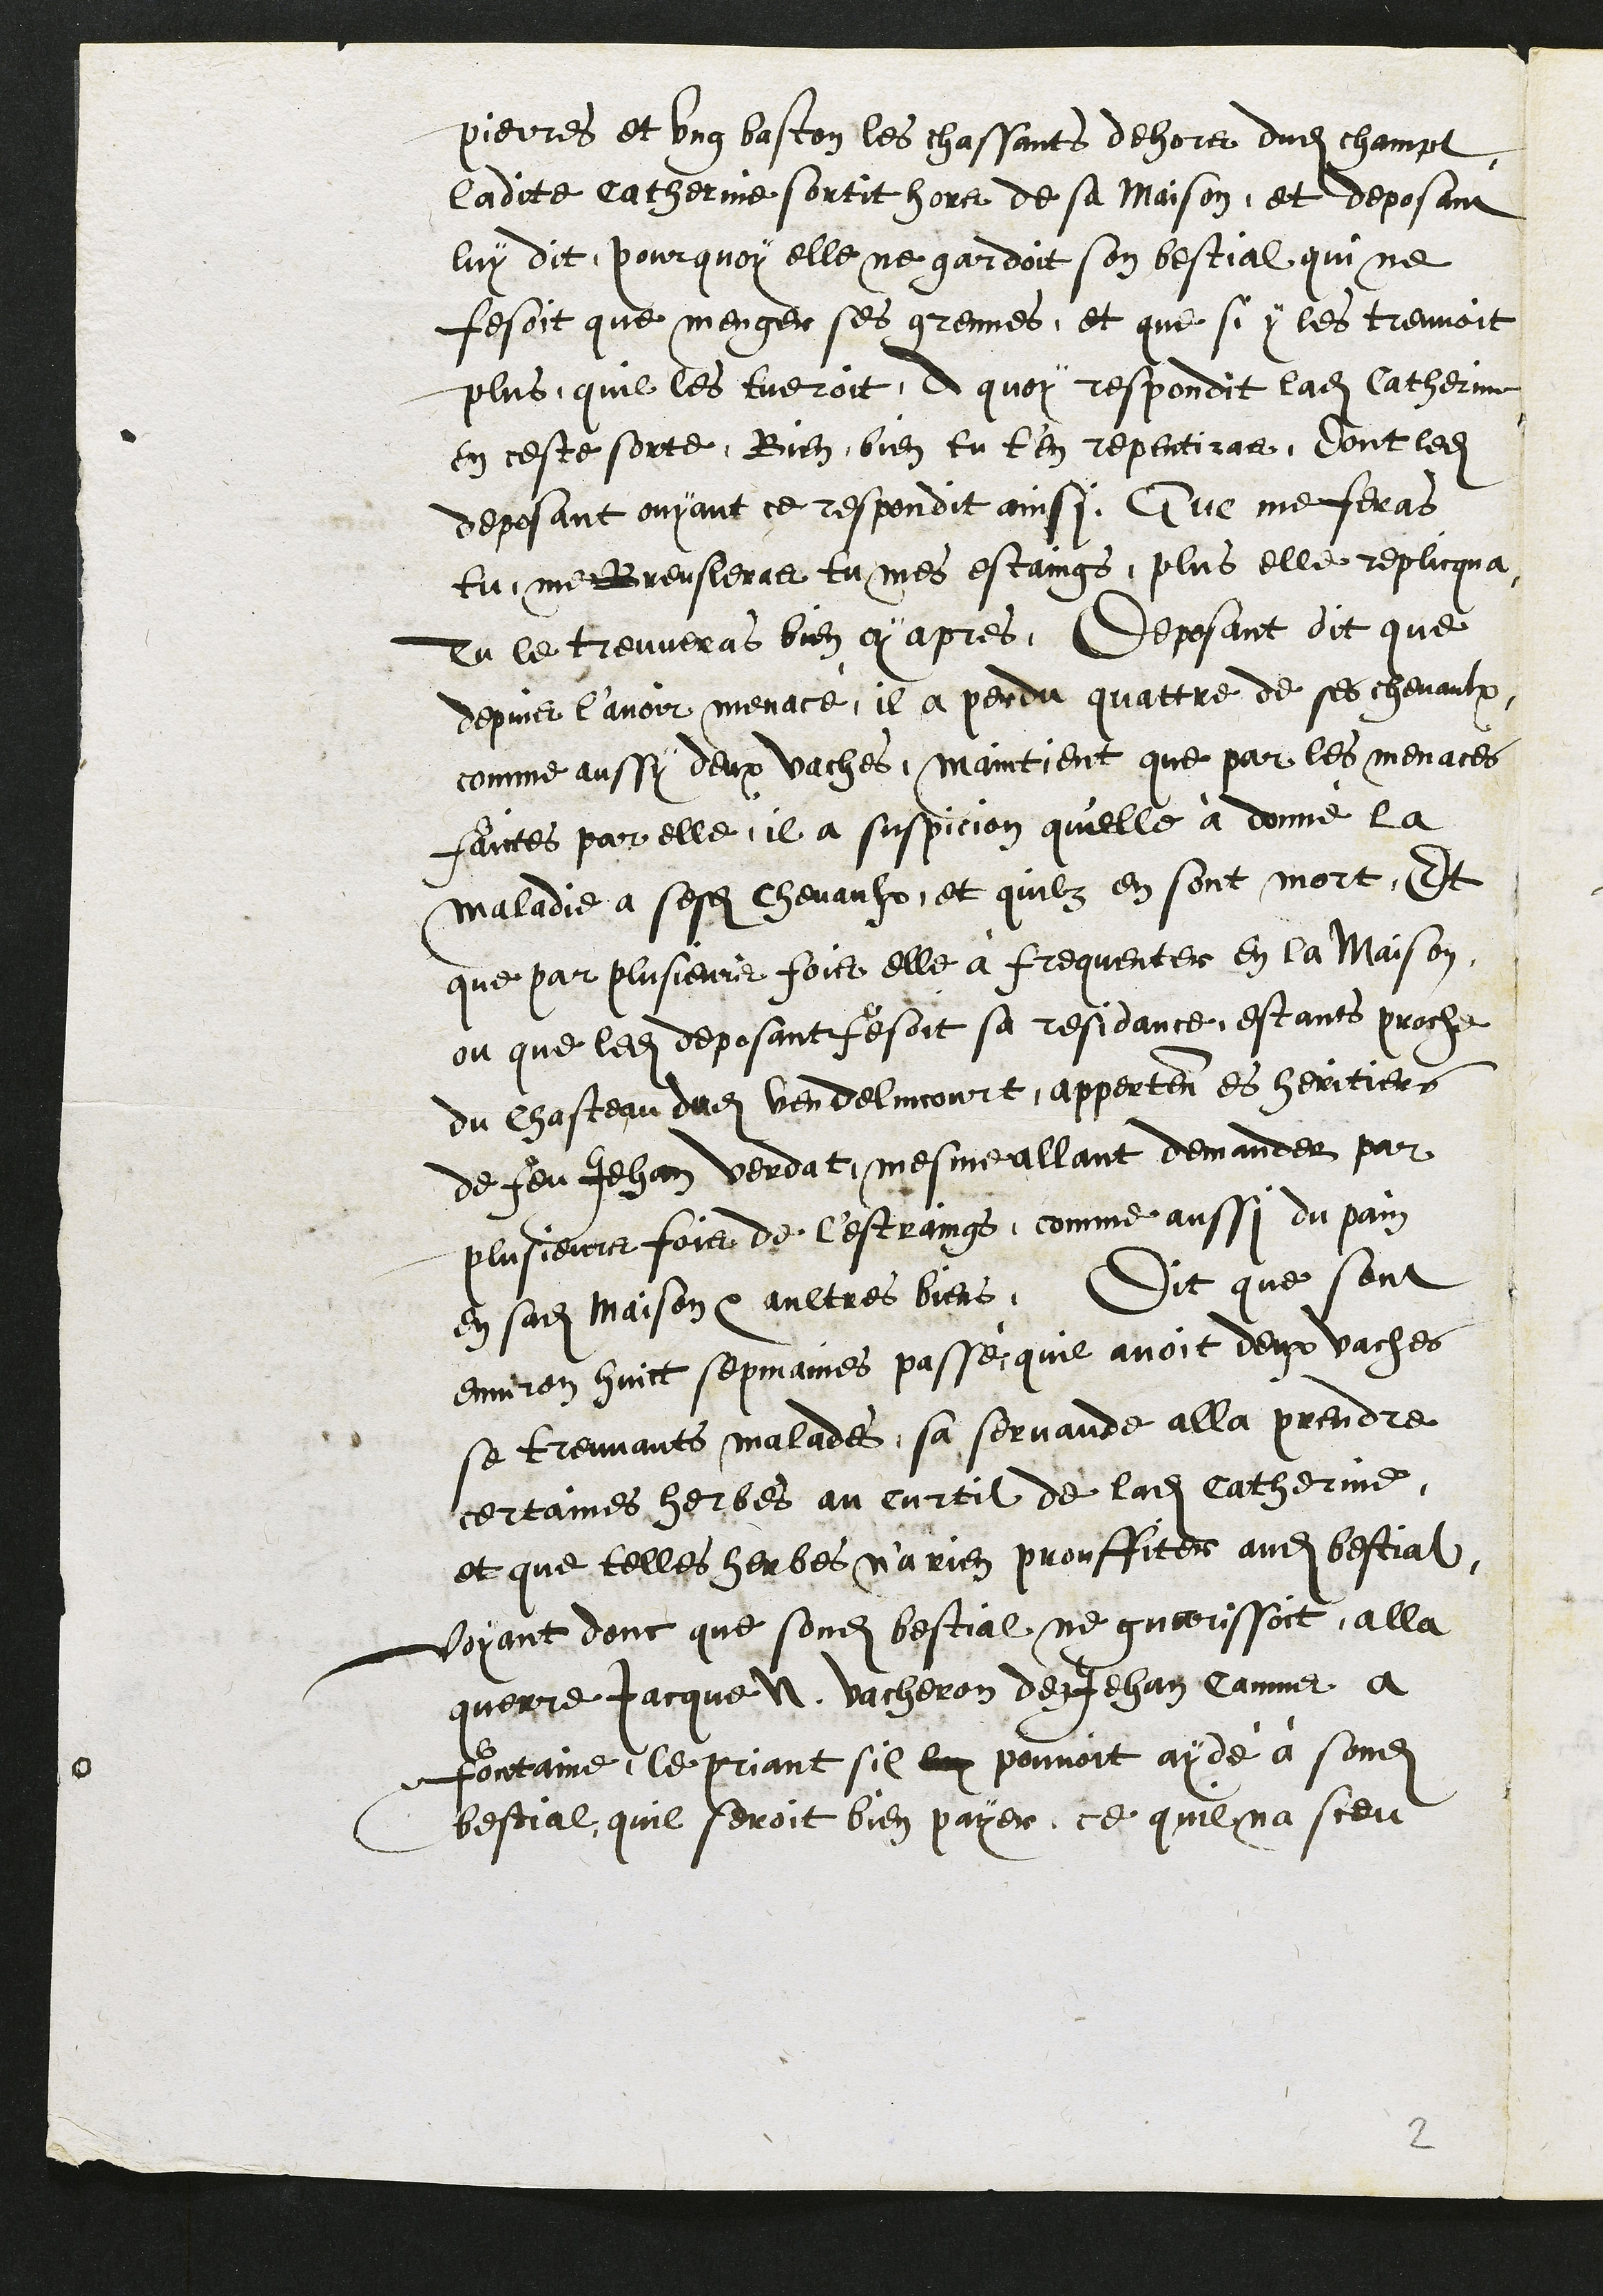
pierres et ung baston les chassants dehors dudit champt
ladite catherinne sortit hors de sa maison, et deposant
luy dit, pourquoy elle ne gardoit son bestial qui ne
fesoit que menger ses grennes, et que si y les treuvoit
plus, quil les tueroit, de quoy respondit ladite Catherine
en ceste sorte, Bien, bien tu ten repentiras, dont ledit
deposant ouyant ce respondit ainsi Que me feras
tu me Breusleras tu mes estoangs, plus elle replicqua
Tu le treuveras bien cy apres, Deposant dit que
depuis l’avoir menacé, il a perdu quattre de ses chevaulx
comme aussy deux vaches, maintient que par les menaces
faictes par elle il a suspicion qu'elle à donné la
maladie a sesdits chevaulx, et quilz en sont mort. Et
que par plusieurs fois elle à frequenter en la Maison,
ou que ledit deposant fesoit sa residance, estant proche
du Chasteau dudit vendelincourt, apperten es heritiers
de feu Jehan Verdat, mesme allant demander par
plusieurs fois de l'estraings, comme aussi du pain
en sadite maison et aultres biens. Dit que sont
environ huict sepmaines passé quil avoit deux vaches
se treuvants malades, sa servande alla prendre
certaines herbes au curtil de ladite Catherinne
et que telles herbes na rien prouffiter audit bestial
voyant donc que sondit bestial ne guerissoit, alla
querre Jacque N. vacheron de Jehan Camus à
Fontaine, le priant sil luy pouvoit aydé à sondit
bestial, quil seroit bien payer, ce quil na sceu

2